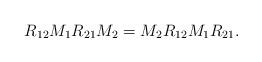
LaTeX: \begin{align*}R_{12}M_1R_{21}M_2 = M_2R_{12}M_1R_{21}.\end{align*}